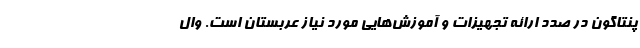
پنتاگون در صدد ارائه تجهیزات و آموزش‌هایی مورد نیاز عربستان است. وال‌